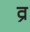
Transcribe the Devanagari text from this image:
व्र